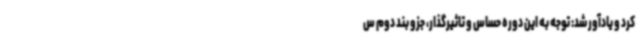
کرد و یادآور شد: توجه به این دوره حساس و تاثیرگذار، جزو بند دوم س